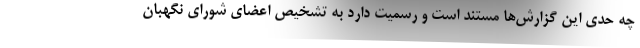
چه حدی این گزارش‌ها مستند است و رسمیت دارد به تشخیص اعضای شورای نگهبان